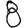
Digit: 8